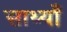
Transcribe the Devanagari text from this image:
साथ्याँ